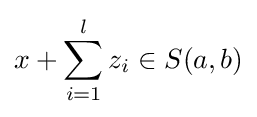
x+\sum _{i=1}^{l}z_{i}\in S(a,b)